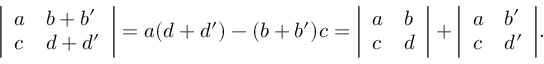
{ \left| \begin{array} { l l } { a } & { b + b ^ { \prime } } \\ { c } & { d + d ^ { \prime } } \end{array} \right| } = a ( d + d ^ { \prime } ) - ( b + b ^ { \prime } ) c = { \left| \begin{array} { l l } { a } & { b } \\ { c } & { d } \end{array} \right| } + { \left| \begin{array} { l l } { a } & { b ^ { \prime } } \\ { c } & { d ^ { \prime } } \end{array} \right| } .